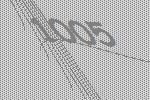
1005